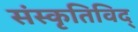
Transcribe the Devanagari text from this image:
संस्कृतिविद्